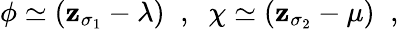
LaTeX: \phi\simeq(\mathbf{z}_{\sigma_{1}}-\lambda)\; \; ,\; \; \chi\simeq(\mathbf{z}_{\sigma_{2}}-\mu)\; \; ,